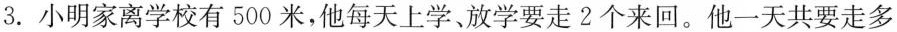
3.小明家离学校有500米，他每天上学、放学要走2个来回。他一天共要走多